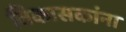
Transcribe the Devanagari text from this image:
विकासकांना